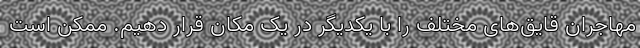
مهاجران قایق‌های مختلف را با یکدیگر در یک مکان قرار دهیم. ممکن است